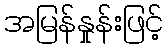
အမြန်နှုန်းဖြင့်